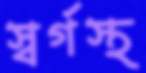
স্বর্গস্থ